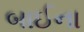
બાઈના